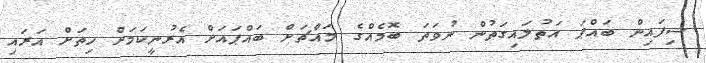
ސިފައިން ބައްޕަ އަތުލައިގަތުން ނުވަތަ ބޮމެއްގެ މައްޗަށް ބައްޕައަށް އެރުނީކަމަށް ހިތަށް އަރައި